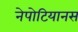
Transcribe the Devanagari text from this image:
नेपोटियानस